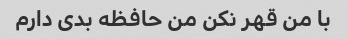
با من قهر نکن من حافظه بدی دارم